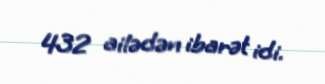
432 ailədən ibarət idi.